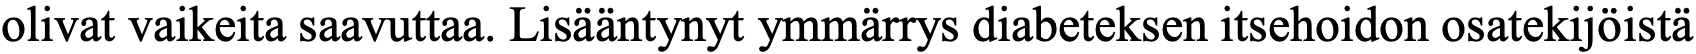
olivat vaikeita saavuttaa. Lisääntynyt ymmärrys diabeteksen itsehoidon osatekijöistä